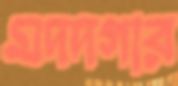
মদদগার